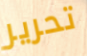
تحرير